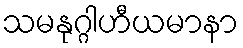
သမနုဂ္ဂါဟီယမာနာ